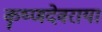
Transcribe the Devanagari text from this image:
कॄष्णदेवराया